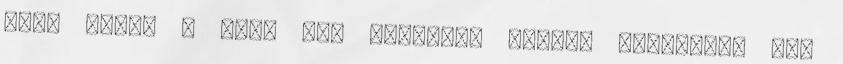
elém tárva a most már teljesen nedves punciját, ami